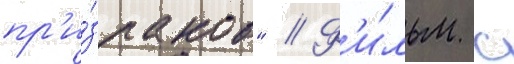
пр'и́зраков" // Ф'и́льм с